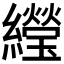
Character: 𬘌